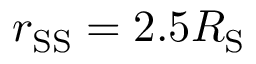
r _ { \mathrm { S S } } = 2 . 5 R _ { \mathrm { S } }